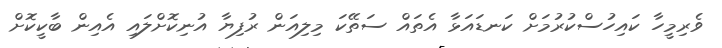
ވެރިމީހާ ކައިހުސްކުރުމަށް ކަނޑައަޅާ އެތައް ސަތޭކަ މިލިއަން ރުފިޔާ އުނިކޮށްލައި އެއިން ބާކީކޮށް